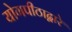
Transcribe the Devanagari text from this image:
योगपीठाद्वारे